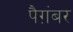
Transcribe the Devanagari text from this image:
पैग़ंबर